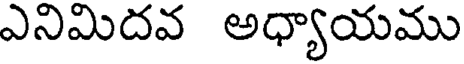
ఎనిమిదవ అధ్యాయము